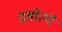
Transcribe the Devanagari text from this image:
इसोल्दे